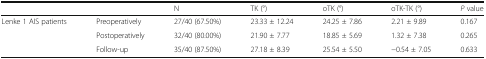
| <COLSPAN=2>  | N | TK (°) | oTK (°) | oTK-TK (°) | P value |
 | --- | --- | --- | --- | --- | --- | --- |
 | <ROWSPAN=3> Lenke 1 AIS patients | Preoperatively | 27/40 (67.50%) | 23.33 ± 12.24 | 24.25 ± 7.86 | 2.21 ± 9.89 | 0.167 |
 | Postoperatively | 32/40 (80.00%) | 21.90 ± 7.77 | 18.85 ± 5.69 | 1.32 ± 7.38 | 0.265 |
 | Follow-up | 35/40 (87.50%) | 27.18 ± 8.39 | 25.54 ± 5.50 | −0.54 ± 7.05 | 0.633 |